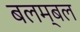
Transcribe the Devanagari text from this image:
बलम्बल